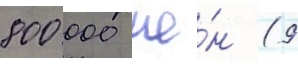
800 000 ие́н (9